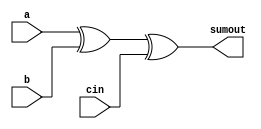
module sum(sumout,a,b,cin);
   input a,b,cin;
   output sumout;
   wire t1;
   
   xor G5(t1,a,b);
   xor G6(sumout,t1,cin);
   
endmodule